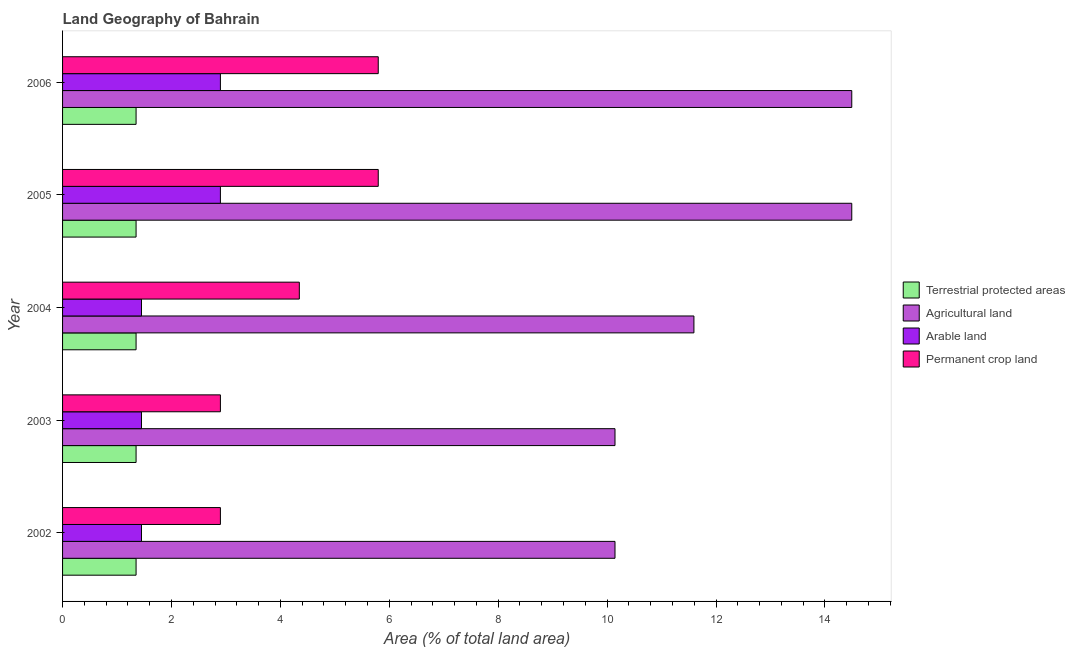
| Year | Terrestrial protected areas | Agricultural land | Arable land | Permanent crop land |
 | --- | --- | --- | --- | --- |
 | 2002 | 1.35 | 10.1 | 1.45 | 2.9 |
 | 2003 | 1.35 | 10.1 | 1.45 | 2.9 |
 | 2004 | 1.35 | 11.6 | 1.45 | 4.35 |
 | 2005 | 1.35 | 14.5 | 2.9 | 5.8 |
 | 2006 | 1.35 | 14.5 | 2.9 | 5.8 |